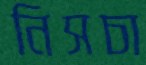
নিসচা